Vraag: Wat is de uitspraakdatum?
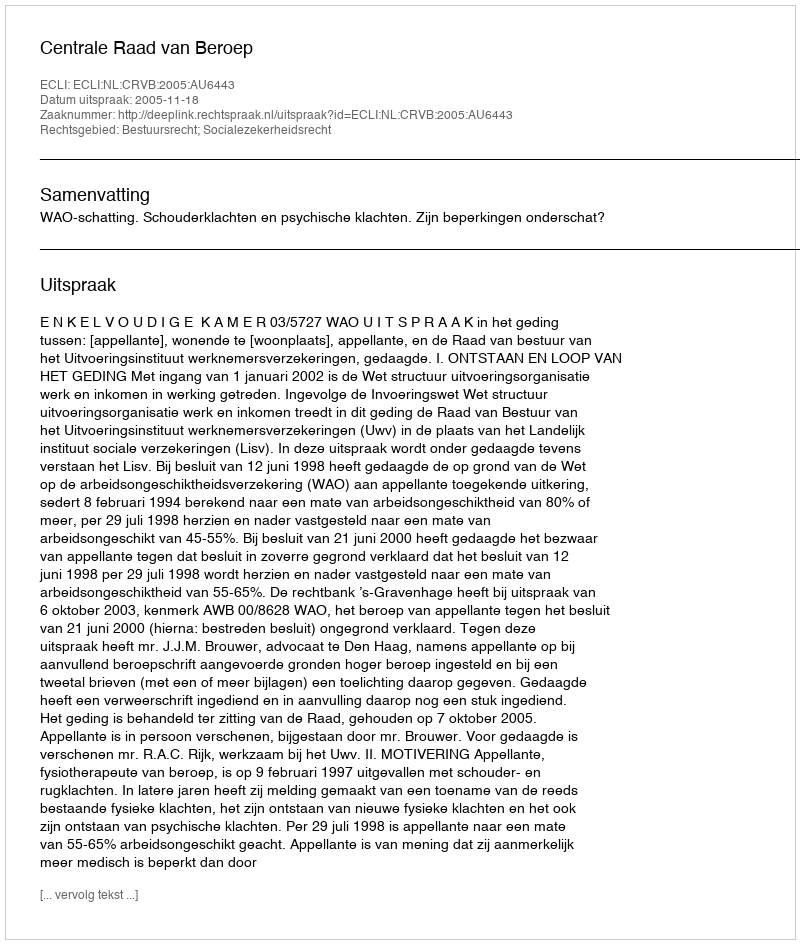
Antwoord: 2005-11-18